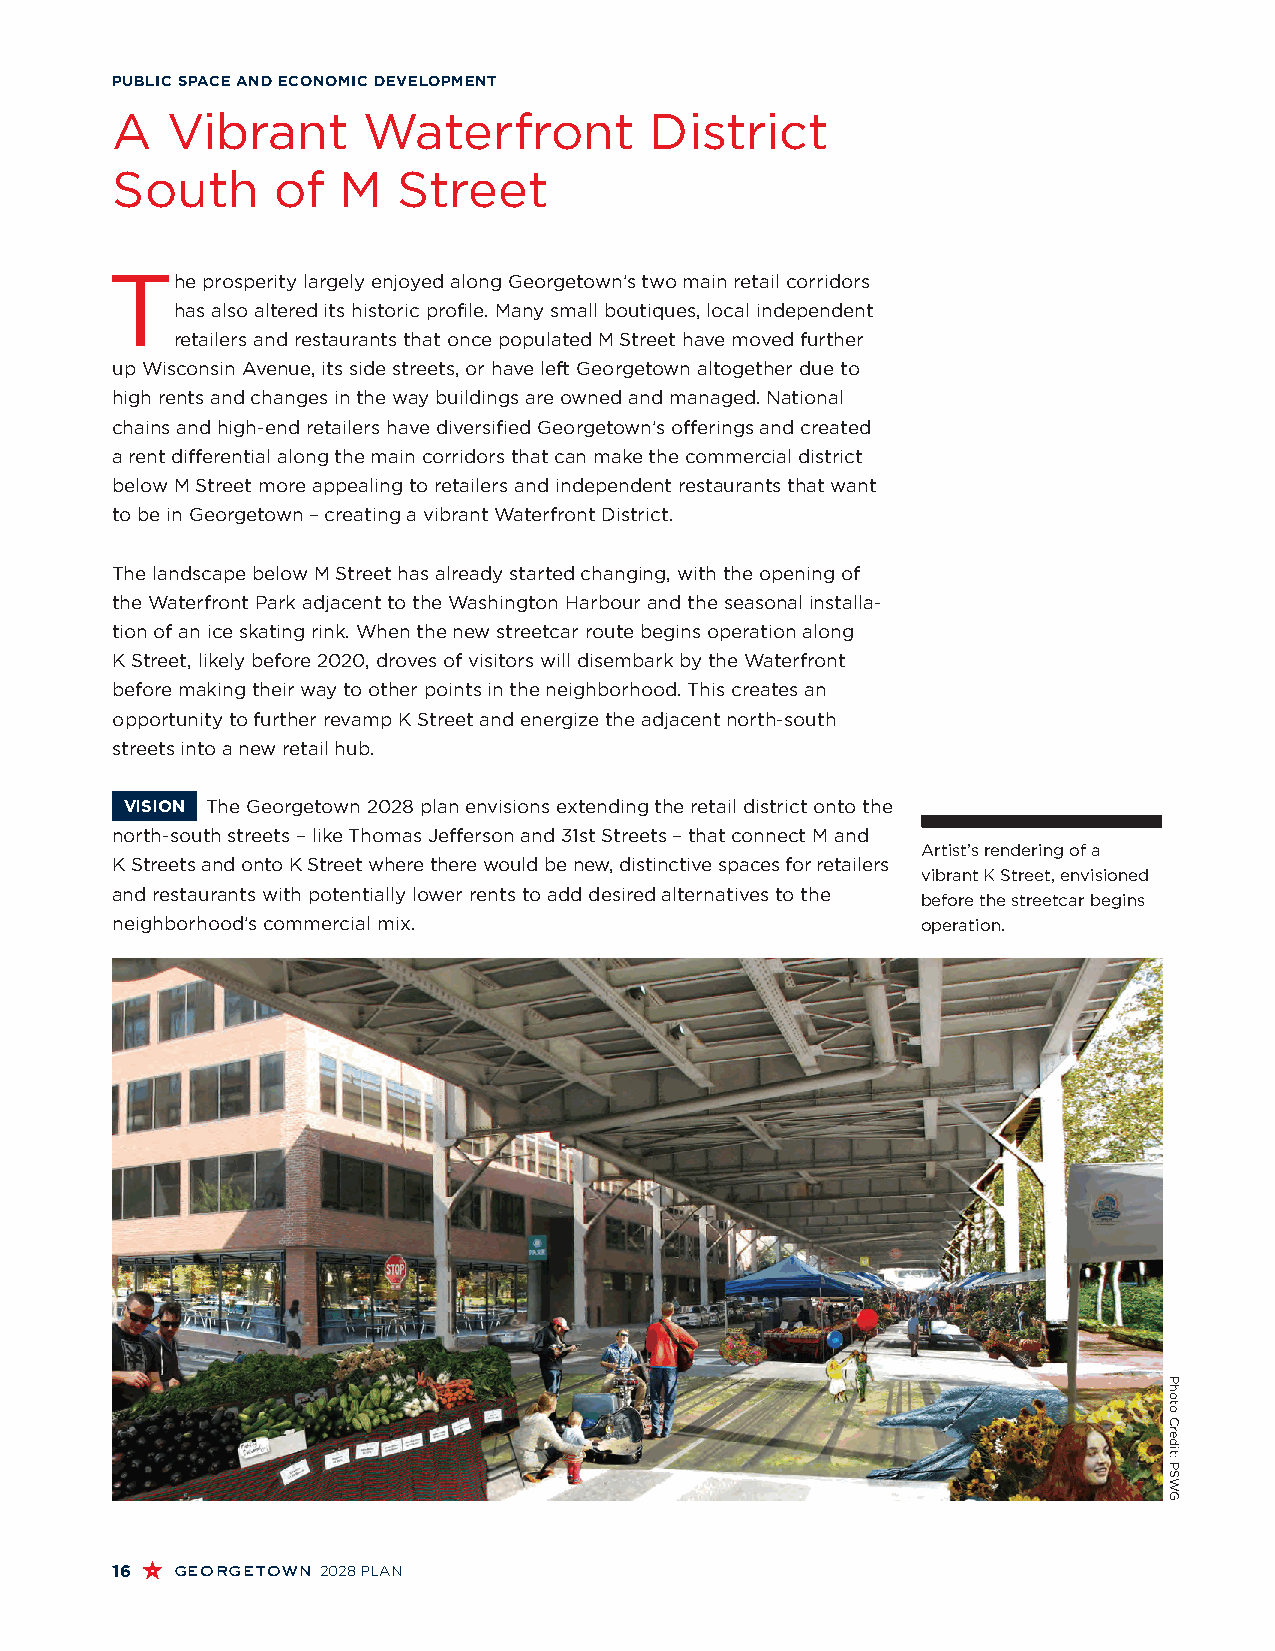
PUBLIC SPACE AND ECONOMIC DEVELOPMENT
 A   Vibrant      Waterfront         District
 South      of  M   Street
 T
 he prosperity largely enjoyed along Georgetown’s two main retail corridors
 has also altered its historic profile. Many small boutiques, local independent
 retailers and restaurants that once populated M Street have moved further
 up Wisconsin Avenue, its side streets, or have left Georgetown altogether due to
 high rents and changes in the way buildings are owned and managed. National
 chains and high-end retailers have diversified Georgetown’s offerings and created
 a rent differential along the main corridors that can make the commercial district
 below M Street more appealing to retailers and independent restaurants that want
 to be in Georgetown – creating a vibrant Waterfront District.
 The landscape below M Street has already started changing, with the opening of
 the Waterfront Park adjacent to the Washington Harbour and the seasonal installa-
 tion of an ice skating rink. When the new streetcar route begins operation along
 K Street, likely before 2020, droves of visitors will disembark by the Waterfront
 before making their way to other points in the neighborhood. This creates an
 opportunity to further revamp K Street and energize the adjacent north-south
 streets into a new retail hub.
 VISION The Georgetown 2028 plan envisions extending the retail district onto the
 north-south streets – like Thomas Jefferson and 31st Streets – that connect M and
 Artist’s rendering of a
 K Streets and onto K Street where there would be new, distinctive spaces for retailers
 vibrant K Street, envisioned
 and restaurants with potentially lower rents to add desired alternatives to the
 before the streetcar begins
 neighborhood’s commercial mix.                        operation.
 16  georgetown 2028 PLAN
 Photo
 Credit:
 PSWG